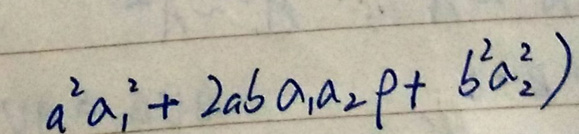
$a^{2}a_{1}^{2}+2ab a_{1}a_{2}\rho + b^{2}a_{2}^{2})$